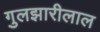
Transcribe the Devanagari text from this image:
गुलझारीलाल